Punjab Mental Hospital Lahore 1922-31 - 1922-1931
Year: 1922
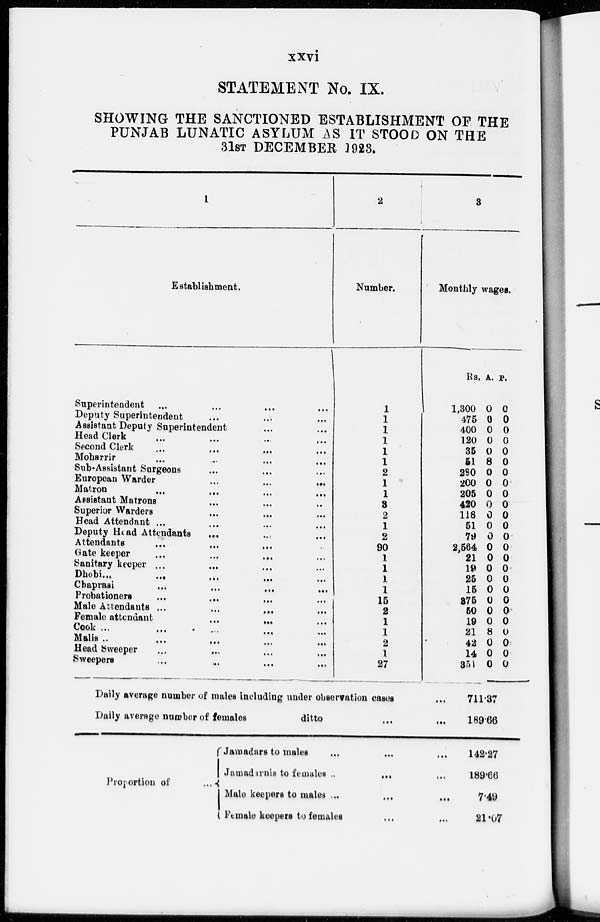
xxvi
STATEMENT No. IX.
SHOWING THE SANCTIONED ESTABLISHMENT OF THE
PUNJAB LUNATIC ASYLUM AS IT STOOD ON THE
31ST DECEMBER 1923.
1
Establishment.
Superintendent ... ... ... ...
Deputy Superintendent ... ... ...
Assistant Deputy Superintendent ... ...
Head Clerk ... ... ... ...
Second Clerk ... ... ... ...
Moharrir ... ... ... ...
Sub-Assistant Surgeons ... ... ...
European Warder
...
...
...
...
Matron ... ... ... ...
Assistant Matrons ... ... ... ...
Superior Warders ... ... ... ...
Head Attendant ... ... ... ...
Deputy Head Attendants ... ... ...
Attendants
...
...
...
...
Gate keeper ... ... ... ...
Sanitary keeper ... ... ... ...
Dhobi
...
...
...
...
Chaprasi
...
...
...
...
Probationers ... ... ... ...
Male Attendants
...
...
...
...
Female attendant
...
...
...
...
Cook ... ... ... ...
Malis ... ... ... ...
Head Sweeper ... ... ... ...
Sweepers
...
...
...
...
2
Number.
1
1
1
1
1
1
2
1
1
3
2
1
2
90
1
1
1
1
15
2
1
1
2
1
27
3
Monthly wages.
Rs.
1,300
475
400
120
35
51
280
200
205
420
118
51
79
2,564
21
19
25
15
375
50
19
21
42
14
351
A.
0
0
0
0
0
8
0
0
0
0
0
0
0
0
0
0
0
0
0
0
0
8
0
0
0
P.
0
0
0
0
0
0
0
0
0
0
0
0
0
0
0
0
0
0
0
0
0
0
0
0
0
Daily average number of males including under observation cases ...
Daily average number of females
ditto
...
...
711.37
189.66
Proportion of ...
Jamadars to males ... ... ... ...
Jamadarnis to females ... ... ... ...
Male keepers to males
...
...
...
...
Female keepers to females ... ... ... ...
142.27
189.66
7.49
21.07